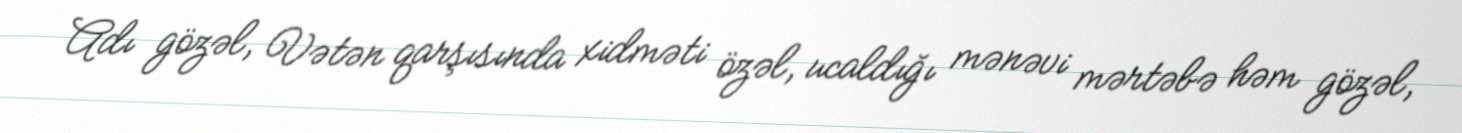
Adı gözəl, Vətən qarşısında xidməti özəl, ucaldığı mənəvi mərtəbə həm gözəl,